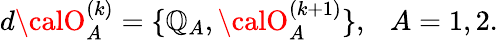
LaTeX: d{\calO}_{A}^{(k)}=\{ \mathbb{Q}_{A},{\calO}_{A}^{(k+1)}\} ,~~~A=1,2.